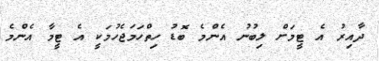
ދާއިރު އެ ޓީމަށް ލިބުނު އެންމެ ބޮޑު ހިތްހަމަޖެހުމަކީ އެ ޓީމާ އެންމެ